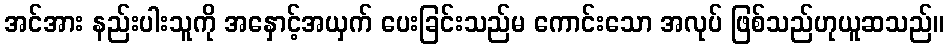
အင်အား နည်းပါးသူကို အနှောင့်အယှက် ပေးခြင်းသည်မ ကောင်းသော အလုပ် ဖြစ်သည်ဟုယူဆသည်။